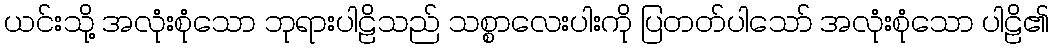
ယင်းသို့ အလုံးစုံသော ဘုရားပါဠိသည် သစ္စာလေးပါးကို ပြတတ်ပါသော် အလုံးစုံသော ပါဠိ၏